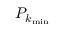
P _ { k _ { \mathrm { m i n } } }